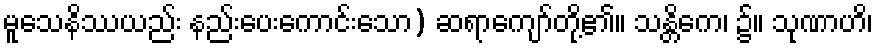
မူသေနိဿယည်း နည်းပေးကောင်းသော) ဆရာကျော်တို့၏။ သန္တိကေ၊ ၌။ သုဏာဟိ၊